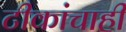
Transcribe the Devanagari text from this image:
टीकांचाही